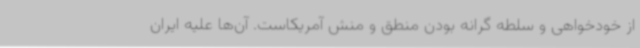
از خودخواهی و سلطه گرانه بودن منطق و منش آمریکاست. آن‌ها علیه ایران